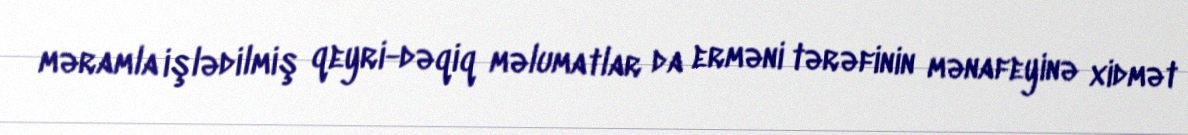
məramla işlədilmiş qeyri-dəqiq məlumatlar da erməni tərəfinin mənafeyinə xidmət